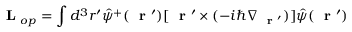
\mathrm { ~ \bf ~ L ~ } _ { o p } = \int d ^ { 3 } r ^ { \prime } \hat { \psi } ^ { + } ( \mathrm { ~ \bf ~ r ~ } ^ { \prime } ) [ \mathrm { ~ \bf ~ r ~ } ^ { \prime } \times ( - i \hbar \nabla _ { \mathrm { ~ \bf ~ r ~ } ^ { \prime } } ) ] \hat { \psi } ( \mathrm { ~ \bf ~ r ~ } ^ { \prime } )